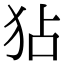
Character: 𤝓